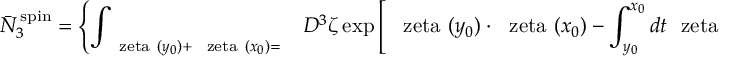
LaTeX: \bar { N } _ { 3 } ^ { \, \mathrm { s p i n } } = \left\{ \int _ { { \mathrm { \boldmath ~ \ z e t a ~ } } ( y _ { 0 } ) + { \mathrm { \boldmath ~ \ z e t a ~ } } ( x _ { 0 } ) = { \mathrm { \boldmath ~ \Gamma ~ } } } { \cal D } ^ { 3 } \zeta \exp \left[ \, { \mathrm { \boldmath ~ \ z e t a ~ } } ( y _ { 0 } ) \cdot { \mathrm { \boldmath ~ \ z e t a ~ } } ( x _ { 0 } ) - \int _ { y _ { 0 } } ^ { x _ { 0 } } d t { \mathrm { \boldmath ~ \ z e t a ~ } } \cdot \dot { \mathrm { \boldmath ~ \ z e t a ~ } } \, \right] \right\} ^ { - 1 } .